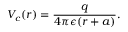
V _ { c } ( r ) = \frac { q } { 4 \pi \epsilon ( r + a ) } .